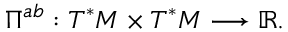
\Pi ^ { a b } : T ^ { * } M \times T ^ { * } M \longrightarrow \mathbb { R } .